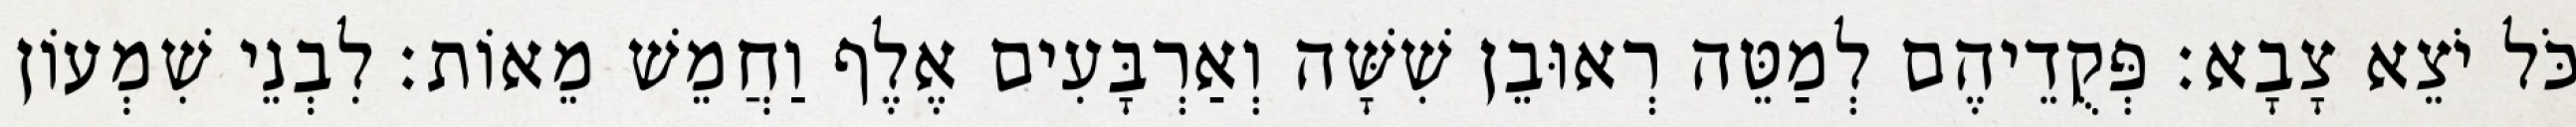
כֹּל יֹצֵא צָבָא׃ פְּקֻדֵיהֶם לְמַטֵּה רְאוּבֵן שִׁשָּׁה וְאַרְבָּעִים אֶלֶף וַחֲמֵשׁ מֵאוֹת׃ לִבְנֵי שִׁמְעוֹן